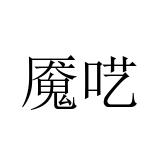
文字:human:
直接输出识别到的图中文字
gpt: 魇呓